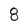
Character: 8